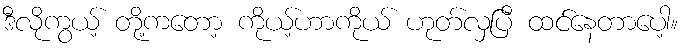
ဒီလိုကွယ့် တို့ကတော့ ကိုယ့်ဟာကိုယ် ဟုတ်လှပြီ ထင်နေတာပေါ့။